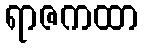
ရာဇကထာ